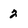
Character: 2